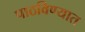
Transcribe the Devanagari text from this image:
पाठविण्‍यात